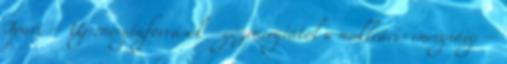
Ipari – Új energiaforrások –gőzenergiától a nukleáris energiáig –